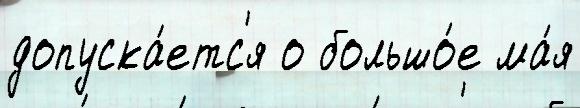
допуска́етс'я о большо́е ма́я